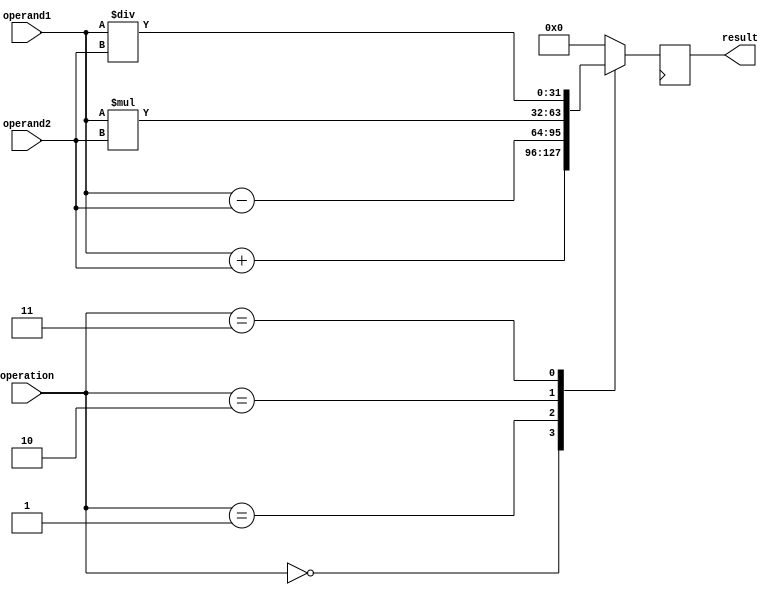
module FixedPointFloatUnit (
    input wire [31:0] operand1,
    input wire [31:0] operand2,
    input wire [2:0] operation,
    output reg [31:0] result
);

reg [31:0] intermediate;

always @(*) begin
    case(operation)
        3'b000: intermediate = operand1 + operand2; // Addition
        3'b001: intermediate = operand1 - operand2; // Subtraction
        3'b010: intermediate = operand1 * operand2; // Multiplication
        3'b011: intermediate = operand1 / operand2; // Division
        default: intermediate = 32'b0; // Default to 0
    endcase
end

always @(posedge clk) begin
    result <= intermediate;
end

endmodule